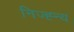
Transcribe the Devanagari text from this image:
निज्ह्न्य